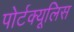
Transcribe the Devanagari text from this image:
पोर्टक्यूलिस